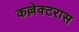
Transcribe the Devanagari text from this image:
कल्लेक्टरास